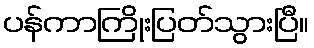
ပန်ကာကြိုးပြတ်သွားပြီ။